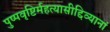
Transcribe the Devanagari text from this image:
पुष्पवृष्टिर्महत्यासीद्दिव्यानां